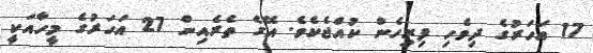
17 އަހަރުގެ ދިވެހި ފިރިހެން ކުއްޖެކެވެ. އޭގެ ތެރެއިން 27 އަހަރުގެ މީހާއަކީ